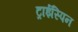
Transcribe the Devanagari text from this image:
ट्राईस्पिन